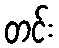
တင်း